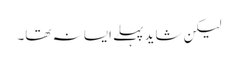
لیکن شاید پہلے ایسا نہ تھا۔